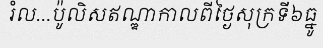
រំល...ប៉ូលិសឥណ្ឌាកាលពីថ្ងៃសុក្រទី៦ធ្នូ